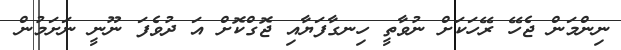
ނިންމަން ޖެހޭ ރޭހަކަށް ނުވާތީ ހިނގާފަޔާއި ޖޮގްކޮށް އަ ދުވެފަ ނޫނީ ނަށަމުން